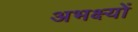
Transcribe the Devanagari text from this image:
अभक्ष्यों